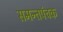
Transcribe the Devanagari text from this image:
समन्तपंचक